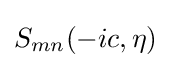
S_{mn}(-ic,\eta )